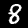
Label: 8